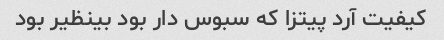
کیفیت آرد پیتزا که سبوس دار بود بینظیر بود